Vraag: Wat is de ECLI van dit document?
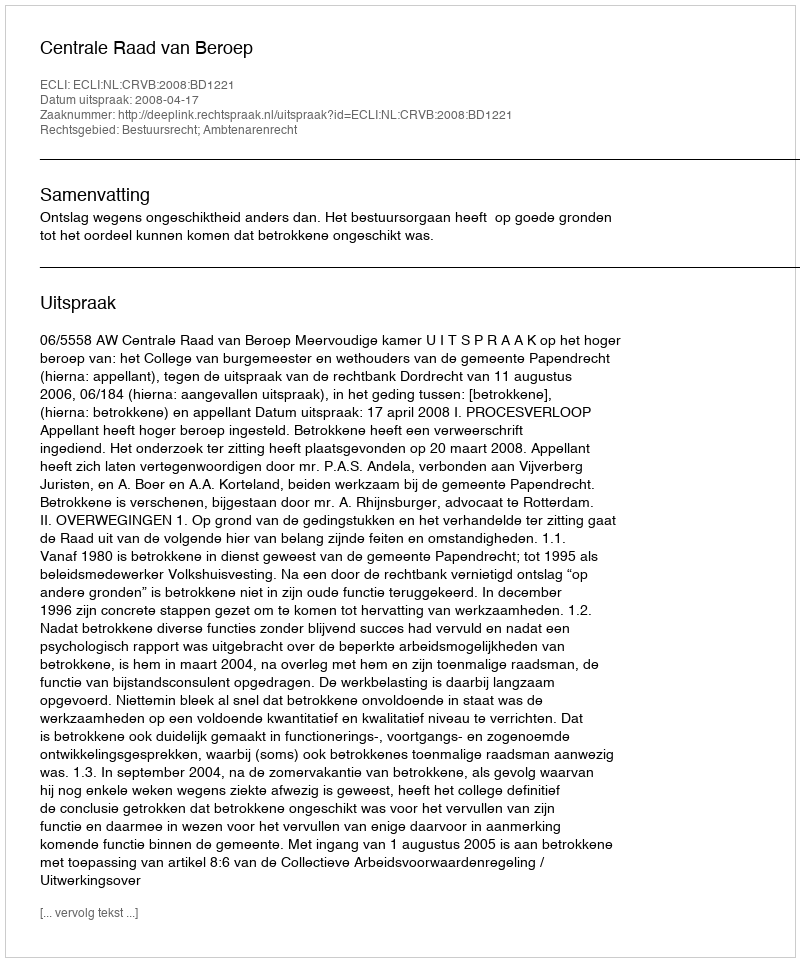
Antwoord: ECLI:NL:CRVB:2008:BD1221